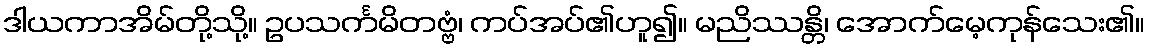
ဒါယကာအိမ်တို့သို့။ ဥပသင်္ကမိတဗ္ဗံ၊ ကပ်အပ်၏ဟူ၍။ မညိဿန္တိ၊ အောက်မေ့ကုန်သေး၏။